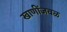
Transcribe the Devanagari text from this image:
खाणींजवळ